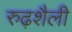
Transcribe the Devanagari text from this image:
रुढ़शैली